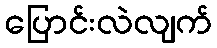
ပြောင်းလဲလျက်